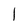
Character: 1